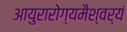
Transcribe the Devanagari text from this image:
आयुरारोग्यमैश्वर्यं